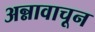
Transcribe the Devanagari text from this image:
अन्नावाचून